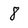
Character: 8